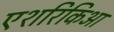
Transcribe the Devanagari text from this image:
एशरिकिआ